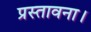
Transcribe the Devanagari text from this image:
प्रस्तावना।